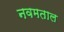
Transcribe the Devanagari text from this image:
नवमताल